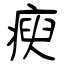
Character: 瘐